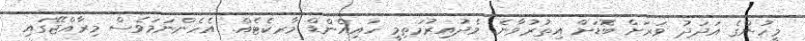
މީހުންގެ އަދަދު ވަރަށް ބޮޑަށް އިތުރުވާނެ. މެދުއިރުމަތިމީ ހައިއެންޑް މާރކެޓެއް. އެހެންނަމަވެސް މިރާއްޖޭގައި